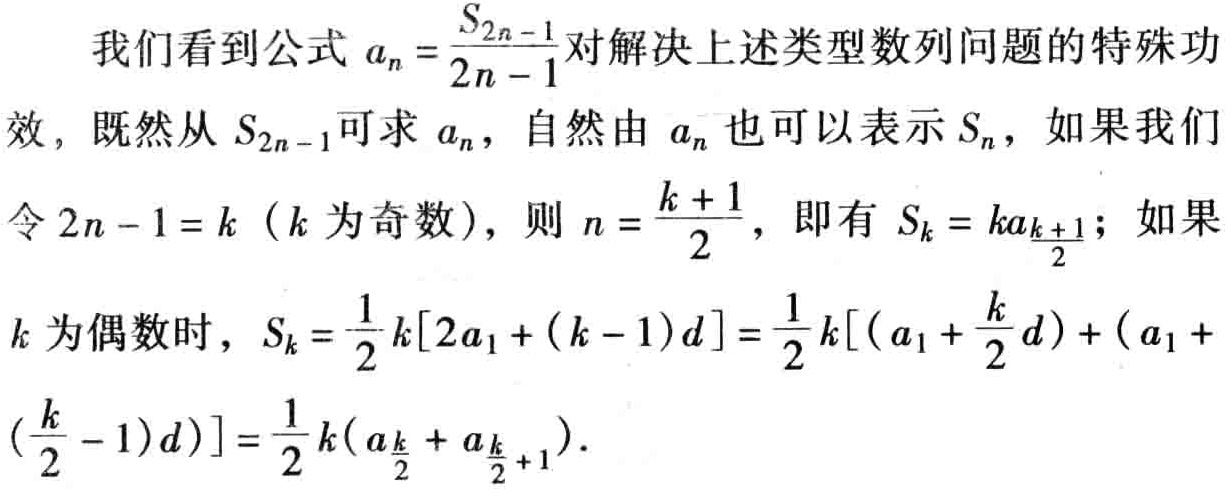
我们看到公式 \(a_{n}=\frac{S_{2n - 1}}{2n - 1}\)对解决上述类型数列问题的特殊功效，既然从 \(S_{2n - 1}\)可求 \(a_{n}\)，自然由 \(a_{n}\)也可以表示 \(S_{n}\)，如果我们令 \(2n - 1 = k\)（\(k\)为奇数），则 \(n=\frac{k + 1}{2}\)，即有 \(S_{k}=ka_{\frac{k + 1}{2}}\)；如果 \(k\)为偶数时，\(S_{k}=\frac{1}{2}k[2a_{1}+(k - 1)d]=\frac{1}{2}k[(a_{1}+\frac{k}{2}d)+(a_{1}+(\frac{k}{2}-1)d)]=\frac{1}{2}k(a_{\frac{k}{2}}+a_{\frac{k}{2}+1})\)。